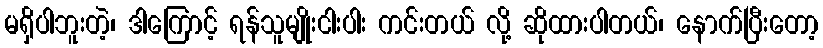
မရှိပါဘူးတဲ့၊ ဒါကြောင့် ရန်သူမျိုးငါးပါး ကင်းတယ် လို့ ဆိုထားပါတယ်၊ နောက်ပြီးတော့